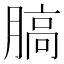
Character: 䐧